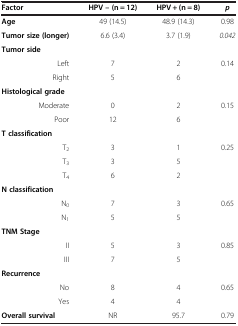
<table><thead><tr><td><b>Factor</b></td><td><b>HPV – (n = 12)</b></td><td><b>HPV + (n = 8)</b></td><td><b><i>p</i></b></td></tr></thead><tbody><tr><td><b>Age</b></td><td>49 (14.5)</td><td>48.9 (14.3)</td><td>0.98</td></tr><tr><td><b>Tumor size </b><b>(</b><b>longer</b><b>)</b></td><td>6.6 (3.4)</td><td>3.7 (1.9)</td><td><i>0</i>.<i>042</i></td></tr><tr><td colspan="4"><b>Tumor side</b></td></tr><tr><td>Left</td><td>7</td><td>2</td><td>0.14</td></tr><tr><td>Right</td><td>5</td><td>6</td><td> </td></tr><tr><td colspan="4"><b>Histological grade</b></td></tr><tr><td>Moderate</td><td>0</td><td>2</td><td>0.15</td></tr><tr><td>Poor</td><td>12</td><td>6</td><td> </td></tr><tr><td colspan="4"><b>T classification</b></td></tr><tr><td>T<sub>2</sub></td><td>3</td><td>1</td><td>0.25</td></tr><tr><td>T<sub>3</sub></td><td>3</td><td>5</td><td> </td></tr><tr><td>T<sub>4</sub></td><td>6</td><td>2</td><td> </td></tr><tr><td colspan="4"><b>N classification</b></td></tr><tr><td>N<sub>0</sub></td><td>7</td><td>3</td><td>0.65</td></tr><tr><td>N<sub>1</sub></td><td>5</td><td>5</td><td> </td></tr><tr><td colspan="4"><b>TNM Stage</b></td></tr><tr><td>II</td><td>5</td><td>3</td><td>0.85</td></tr><tr><td>III</td><td>7</td><td>5</td><td> </td></tr><tr><td colspan="4"><b>Recurrence</b></td></tr><tr><td>No</td><td>8</td><td>4</td><td>0.65</td></tr><tr><td>Yes</td><td>4</td><td>4</td><td> </td></tr><tr><td><b>Overall survival</b></td><td>NR</td><td>95.7</td><td>0.79</td></tr></tbody></table>